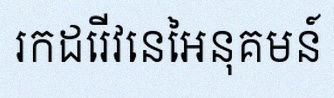
រកដេរីវេនៃអនុគមន៍